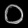
Digit: ၀